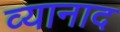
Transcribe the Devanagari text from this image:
व्यानाद